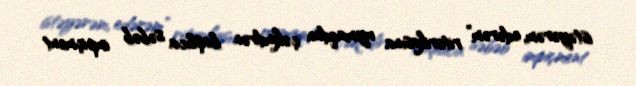
istəyərəm, edərəm” ritorikasına uymaqdan çəkindirən başlıca səbəb impiçment